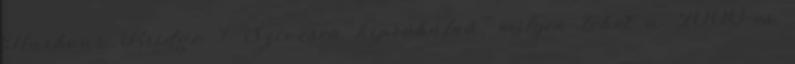
Harbour Bridge ? Szívesen kipróbálná, milyen lehet a 2000-es